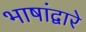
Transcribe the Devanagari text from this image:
भाषांद्वारे